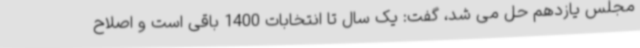
مجلس یازدهم حل می شد، گفت: یک سال تا انتخابات 1400 باقی است و اصلاح